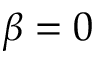
\beta = 0